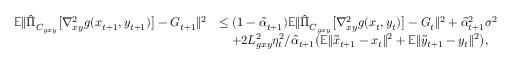
\begin{array} { r l } { \mathbb { E } \| \hat { \Pi } _ { C _ { g x y } } \big [ \nabla _ { x y } ^ { 2 } g ( x _ { t + 1 } , y _ { t + 1 } ) \big ] - G _ { t + 1 } \| ^ { 2 } } & { \leq ( 1 - \hat { \alpha } _ { t + 1 } ) \mathbb { E } \| \hat { \Pi } _ { C _ { g x y } } \big [ \nabla _ { x y } ^ { 2 } g ( x _ { t } , y _ { t } ) \big ] - G _ { t } \| ^ { 2 } + \hat { \alpha } _ { t + 1 } ^ { 2 } \sigma ^ { 2 } } \\ & { \quad + 2 L _ { g x y } ^ { 2 } \eta _ { t } ^ { 2 } / \hat { \alpha } _ { t + 1 } \big ( \mathbb { E } \| \tilde { x } _ { t + 1 } - x _ { t } \| ^ { 2 } + \mathbb { E } \| \tilde { y } _ { t + 1 } - y _ { t } \| ^ { 2 } \big ) , } \end{array}